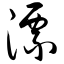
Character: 漂